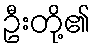
ဦးတို့၏